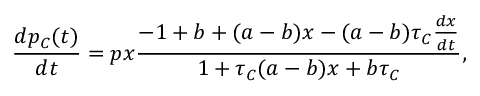
\frac { d p _ { C } ( t ) } { d t } = p x \frac { - 1 + b + ( a - b ) x - ( a - b ) \tau _ { C } \frac { d x } { d t } } { 1 + \tau _ { C } ( a - b ) x + b \tau _ { C } } ,